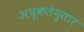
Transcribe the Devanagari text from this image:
अचूकतेनुसार